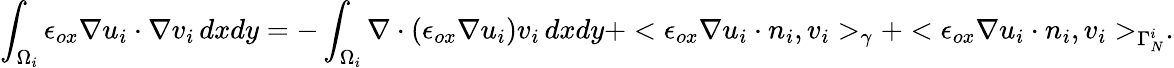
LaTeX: \int_{\Omega_{i}}\epsilon_{ox}\nabla u_{i}\cdot\nabla v_{i}\, dxdy=-\int_{\Omega_{i}}\nabla\cdot(\epsilon_{ox}\nabla u_{i})v_{i}\, dxdy+<\epsilon_{ox}\nabla u_{i}\cdot n_{i},v_{i}>_{\gamma}+<\epsilon_{ox}\nabla u_{i}\cdot n_{i},v_{i}>_{\Gamma_{N}^{i}}.